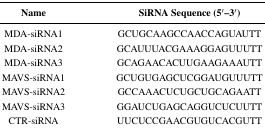
| Name | SiRNA Sequence (5′–3′) |
 | --- | --- |
 | MDA-siRNA1 | GCUGCAAGCCAACCAGUAUTT |
 | MDA-siRNA2 | GCAUUUACGAAAGGAGUUUTT |
 | MDA-siRNA3 | GCAGAACACUUGAAGAAAUTT |
 | MAVS-siRNA1 | GCUGUGAGCUCGGAUGUUUTT |
 | MAVS-siRNA2 | GCCAAACUCUGCUGCAGAATT |
 | MAVS-siRNA3 | GGAUCUGAGCAGGUCUCUUTT |
 | CTR-siRNA | UUCUCCGAACGUGUCACGUTT |